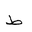
Letter: _da